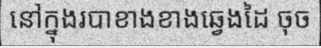
នៅក្នុងរបាខាងខាងឆ្វេងដៃ ចុច